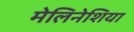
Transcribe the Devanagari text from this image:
मेलिनेशिया